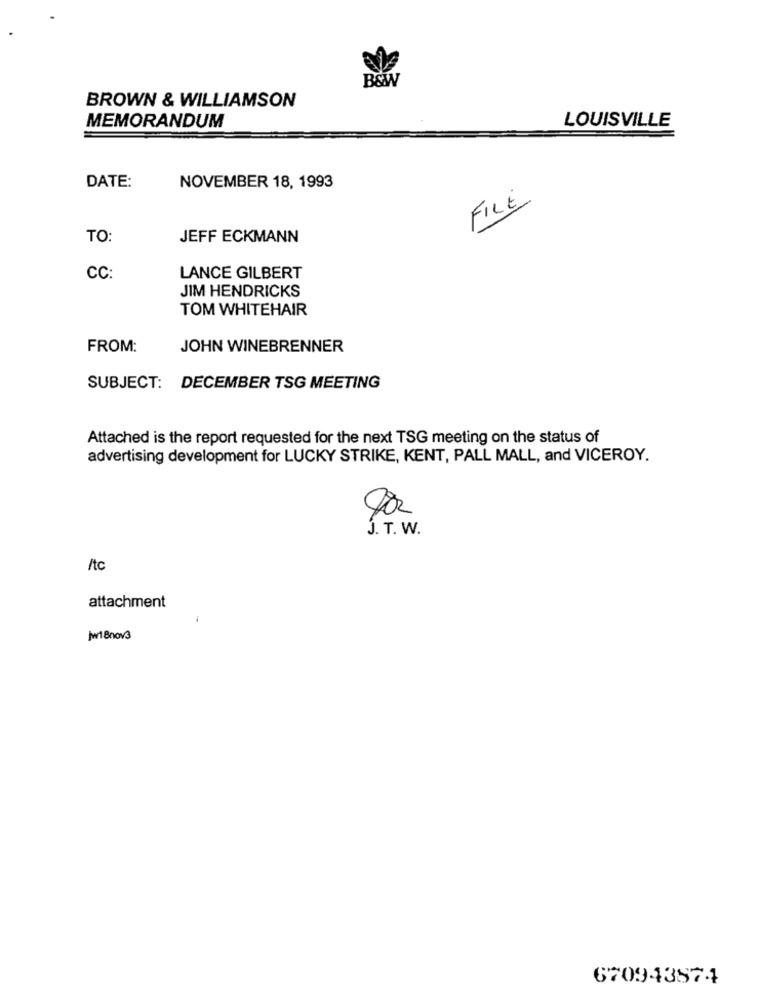
B&W
BROWN & WILLIAMSON
MEMORANDUM
LOUISVILLE
DATE:
NOVEMBER 18, 1993
FILE
TO:
JEFF ECKMANN
CC:
LANCE GILBERT
JIM HENDRICKS
TOM WHITEHAIR
FROM:
JOHN WINEBRENNER
SUBJECT: DECEMBER TSG MEETING
Attached is the report requested for the next TSG meeting on the status of
advertising development for LUCKY STRIKE, KENT, PALL MALL, and VICEROY.
J. T. W.
/tc
attachment
Jur1 8nov3
670943874